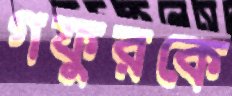
গফুরকে